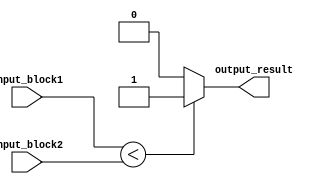
module unsigned_comparator (
    input [7:0] input_block1,
    input [7:0] input_block2,
    output output_result
);

assign output_result = (input_block1 < input_block2) ? 1'b1 : 1'b0;

endmodule